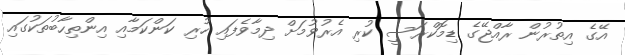
އޭގެ އިތުރުން ރާއްޖޭގެ ޑިމޮކްރަސީ ކުރި އެރުވުމަށް ދިމާވެފައި ހުރި ކަންކަމާއި އިންތިހާބުތަކުގައި